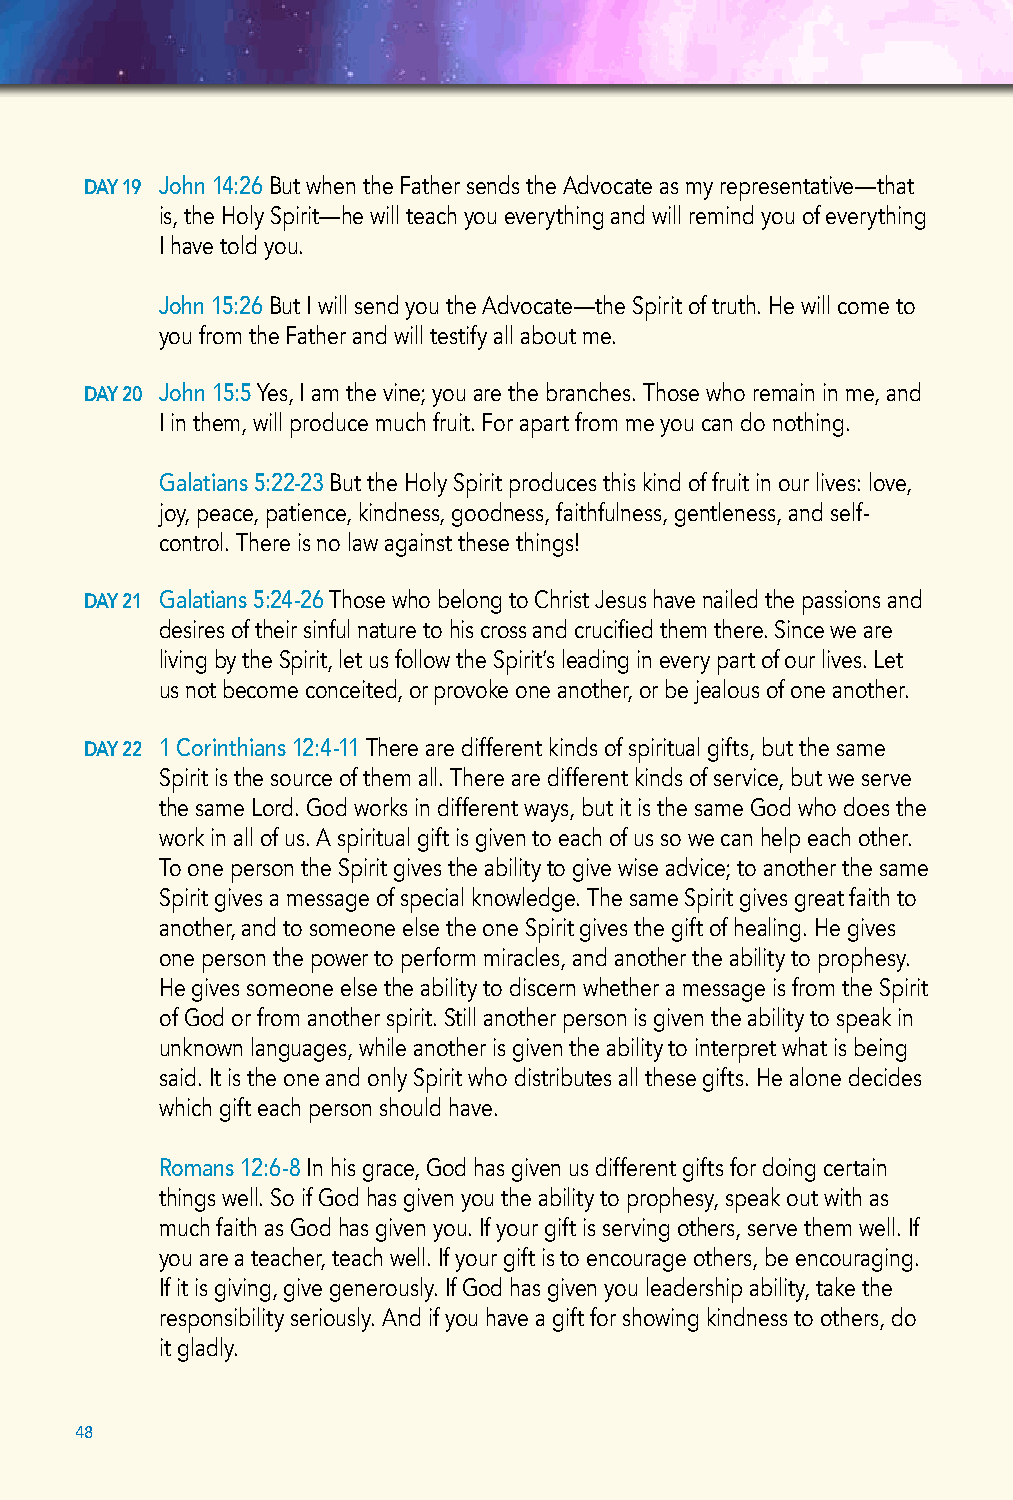
DAY 19 John 14:26 But when the Father sends the Advocate as my representative—that
 is, the Holy Spirit—he will teach you everything and will remind you of everything
 I have told you.
 John 15:26 But I will send you the Advocate—the Spirit of truth. He will come to
 you from the Father and will testify all about me.
 DAY 20 J ohn 15:5 Yes, I am the vine; you are the branches. Those who remain in me, and
 I in them, will produce much fruit. For apart from me you can do nothing.
 Galatians 5:22-23 But the Holy Spirit produces this kind of fruit in our lives: love,
 joy, peace, patience, kindness, goodness, faithfulness, gentleness, and self-
 control. There is no law against these things!
 DAY 21 Galatians 5:24-26 Those who belong to Christ Jesus have nailed the passions and
 desires of their sinful nature to his cross and crucified them there. Since we are
 living by the Spirit, let us follow the Spirit’s leading in every part of our lives. Let
 us not become conceited, or provoke one another, or be jealous of one another.
 DAY 22 1 Corinthians 12:4-11 There are different kinds of spiritual gifts, but the same
 Spirit is the source of them all. There are different kinds of service, but we serve
 the same Lord. God works in different ways, but it is the same God who does the
 work in all of us. A spiritual gift is given to each of us so we can help each other.
 To one person the Spirit gives the ability to give wise advice; to another the same
 Spirit gives a message of special knowledge. The same Spirit gives great faith to
 another, and to someone else the one Spirit gives the gift of healing. He gives
 one person the power to perform miracles, and another the ability to prophesy.
 He gives someone else the ability to discern whether a message is from the Spirit
 of God or from another spirit. Still another person is given the ability to speak in
 unknown languages, while another is given the ability to interpret what is being
 said. It is the one and only Spirit who distributes all these gifts. He alone decides
 which gift each person should have.
 Romans 12:6-8 In his grace, God has given us different gifts for doing certain
 things well. So if God has given you the ability to prophesy, speak out with as
 much faith as God has given you. If your gift is serving others, serve them well. If
 you are a teacher, teach well. If your gift is to encourage others, be encouraging.
 If it is giving, give generously. If God has given you leadership ability, take the
 responsibility seriously. And if you have a gift for showing kindness to others, do
 it gladly.
 48